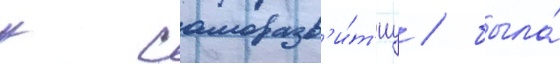
к саморазв'и́т'иу / была́